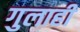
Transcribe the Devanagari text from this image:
गुलाही